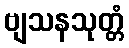
ဗျသနသုတ္တံ